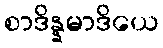
စာဒိန္နမာဒိယေ